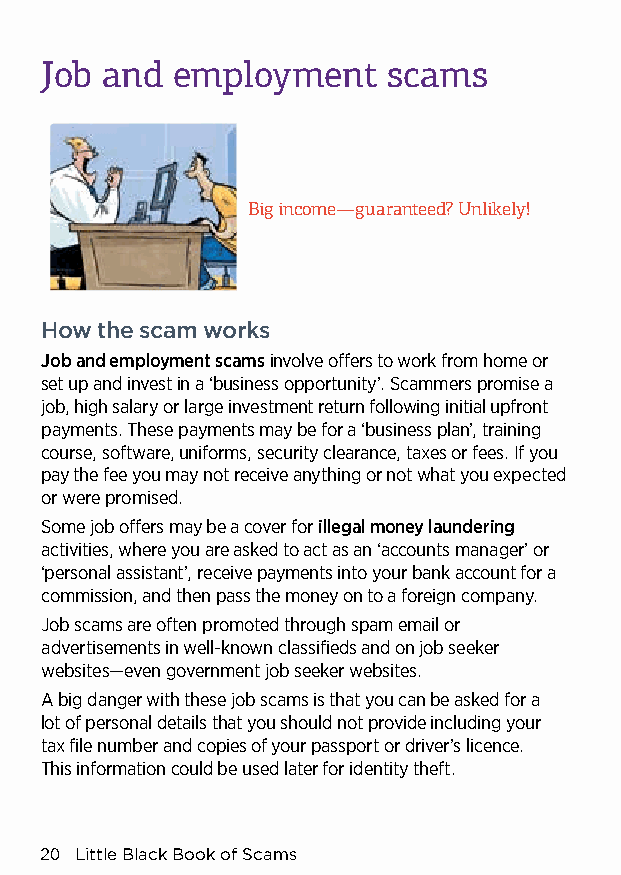
Job and employment     scams
 Big income—guaranteed? Unlikely!
 How the scam works
 Job and employment scams involve offers to work from home or
 set up and invest in a ‘business opportunity’. Scammers promise a
 job, high salary or large investment return following initial upfront
 payments. These payments may be for a ‘business plan’, training
 course, software, uniforms, security clearance, taxes or fees. If you
 pay the fee you may not receive anything or not what you expected
 or were promised.
 Some job offers may be a cover for illegal money laundering
 activities, where you are asked to act as an ‘accounts manager’ or
 ‘personal assistant’, receive payments into your bank account for a
 commission, and then pass the money on to a foreign company.
 Job scams are often promoted through spam email or
 advertisements in well-known classifieds and on job seeker
 websites—even government job seeker websites.
 A big danger with these job scams is that you can be asked for a
 lot of personal details that you should not provide including your
 tax file number and copies of your passport or driver’s licence.
 This information could be used later for identity theft.
 20 Little Black Book of Scams